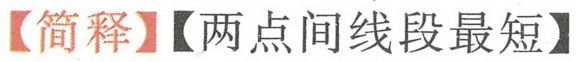
【简释】【两点间线段最短】